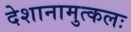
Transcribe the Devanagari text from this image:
देशानामुत्कलः